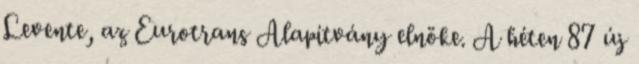
Levente, az Eurotrans Alapítvány elnöke. A héten 87 új